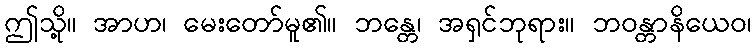
ဤသို့။ အာဟ၊ မေးတော်မူ၏။ ဘန္တေ၊ အရှင်ဘုရား။ ဘဝန္တာနိယေဝ၊